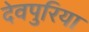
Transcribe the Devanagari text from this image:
देवपुरिया